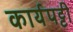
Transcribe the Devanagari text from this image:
कार्यपट्टी